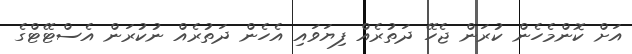
އަށް ކޮންމެހެން ކުރަން ޖެހޭ ދަތުރެއް ފިޔަވައި އެހެން ދަތުރެއް ނުކުރަން އެސްޓޭޓްގެ